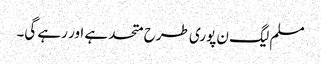
مسلم لیگ ن پوری طرح متحد ہے اور رہے گی۔